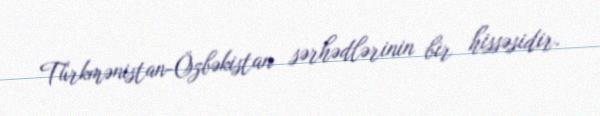
Türkmənistan-Özbəkistan sərhədlərinin bir hissəsidir.